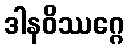
ဒါနဝိဿဂ္ဂေ